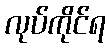
လုပ်ကိုင်ရ